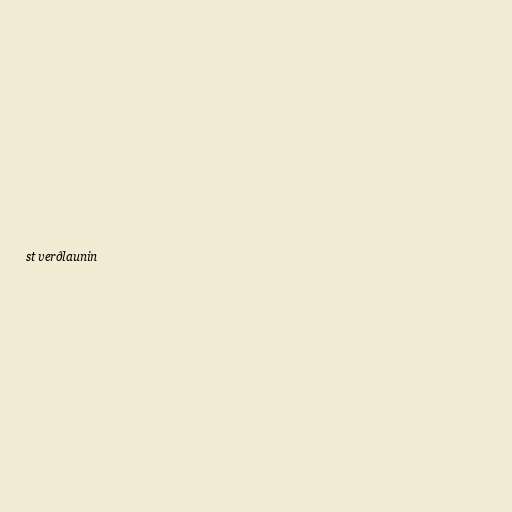
st verðlaunin